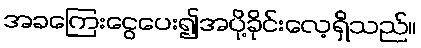
အခကြေးငွေပေး၍အပို့ခိုင်းလေ့ရှိသည်။